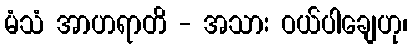
မံသံ အာဟရာတိ - အသား ဝယ်ပါချေဟု၊